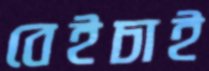
বেইচাই